Riigikantselei, lk 2
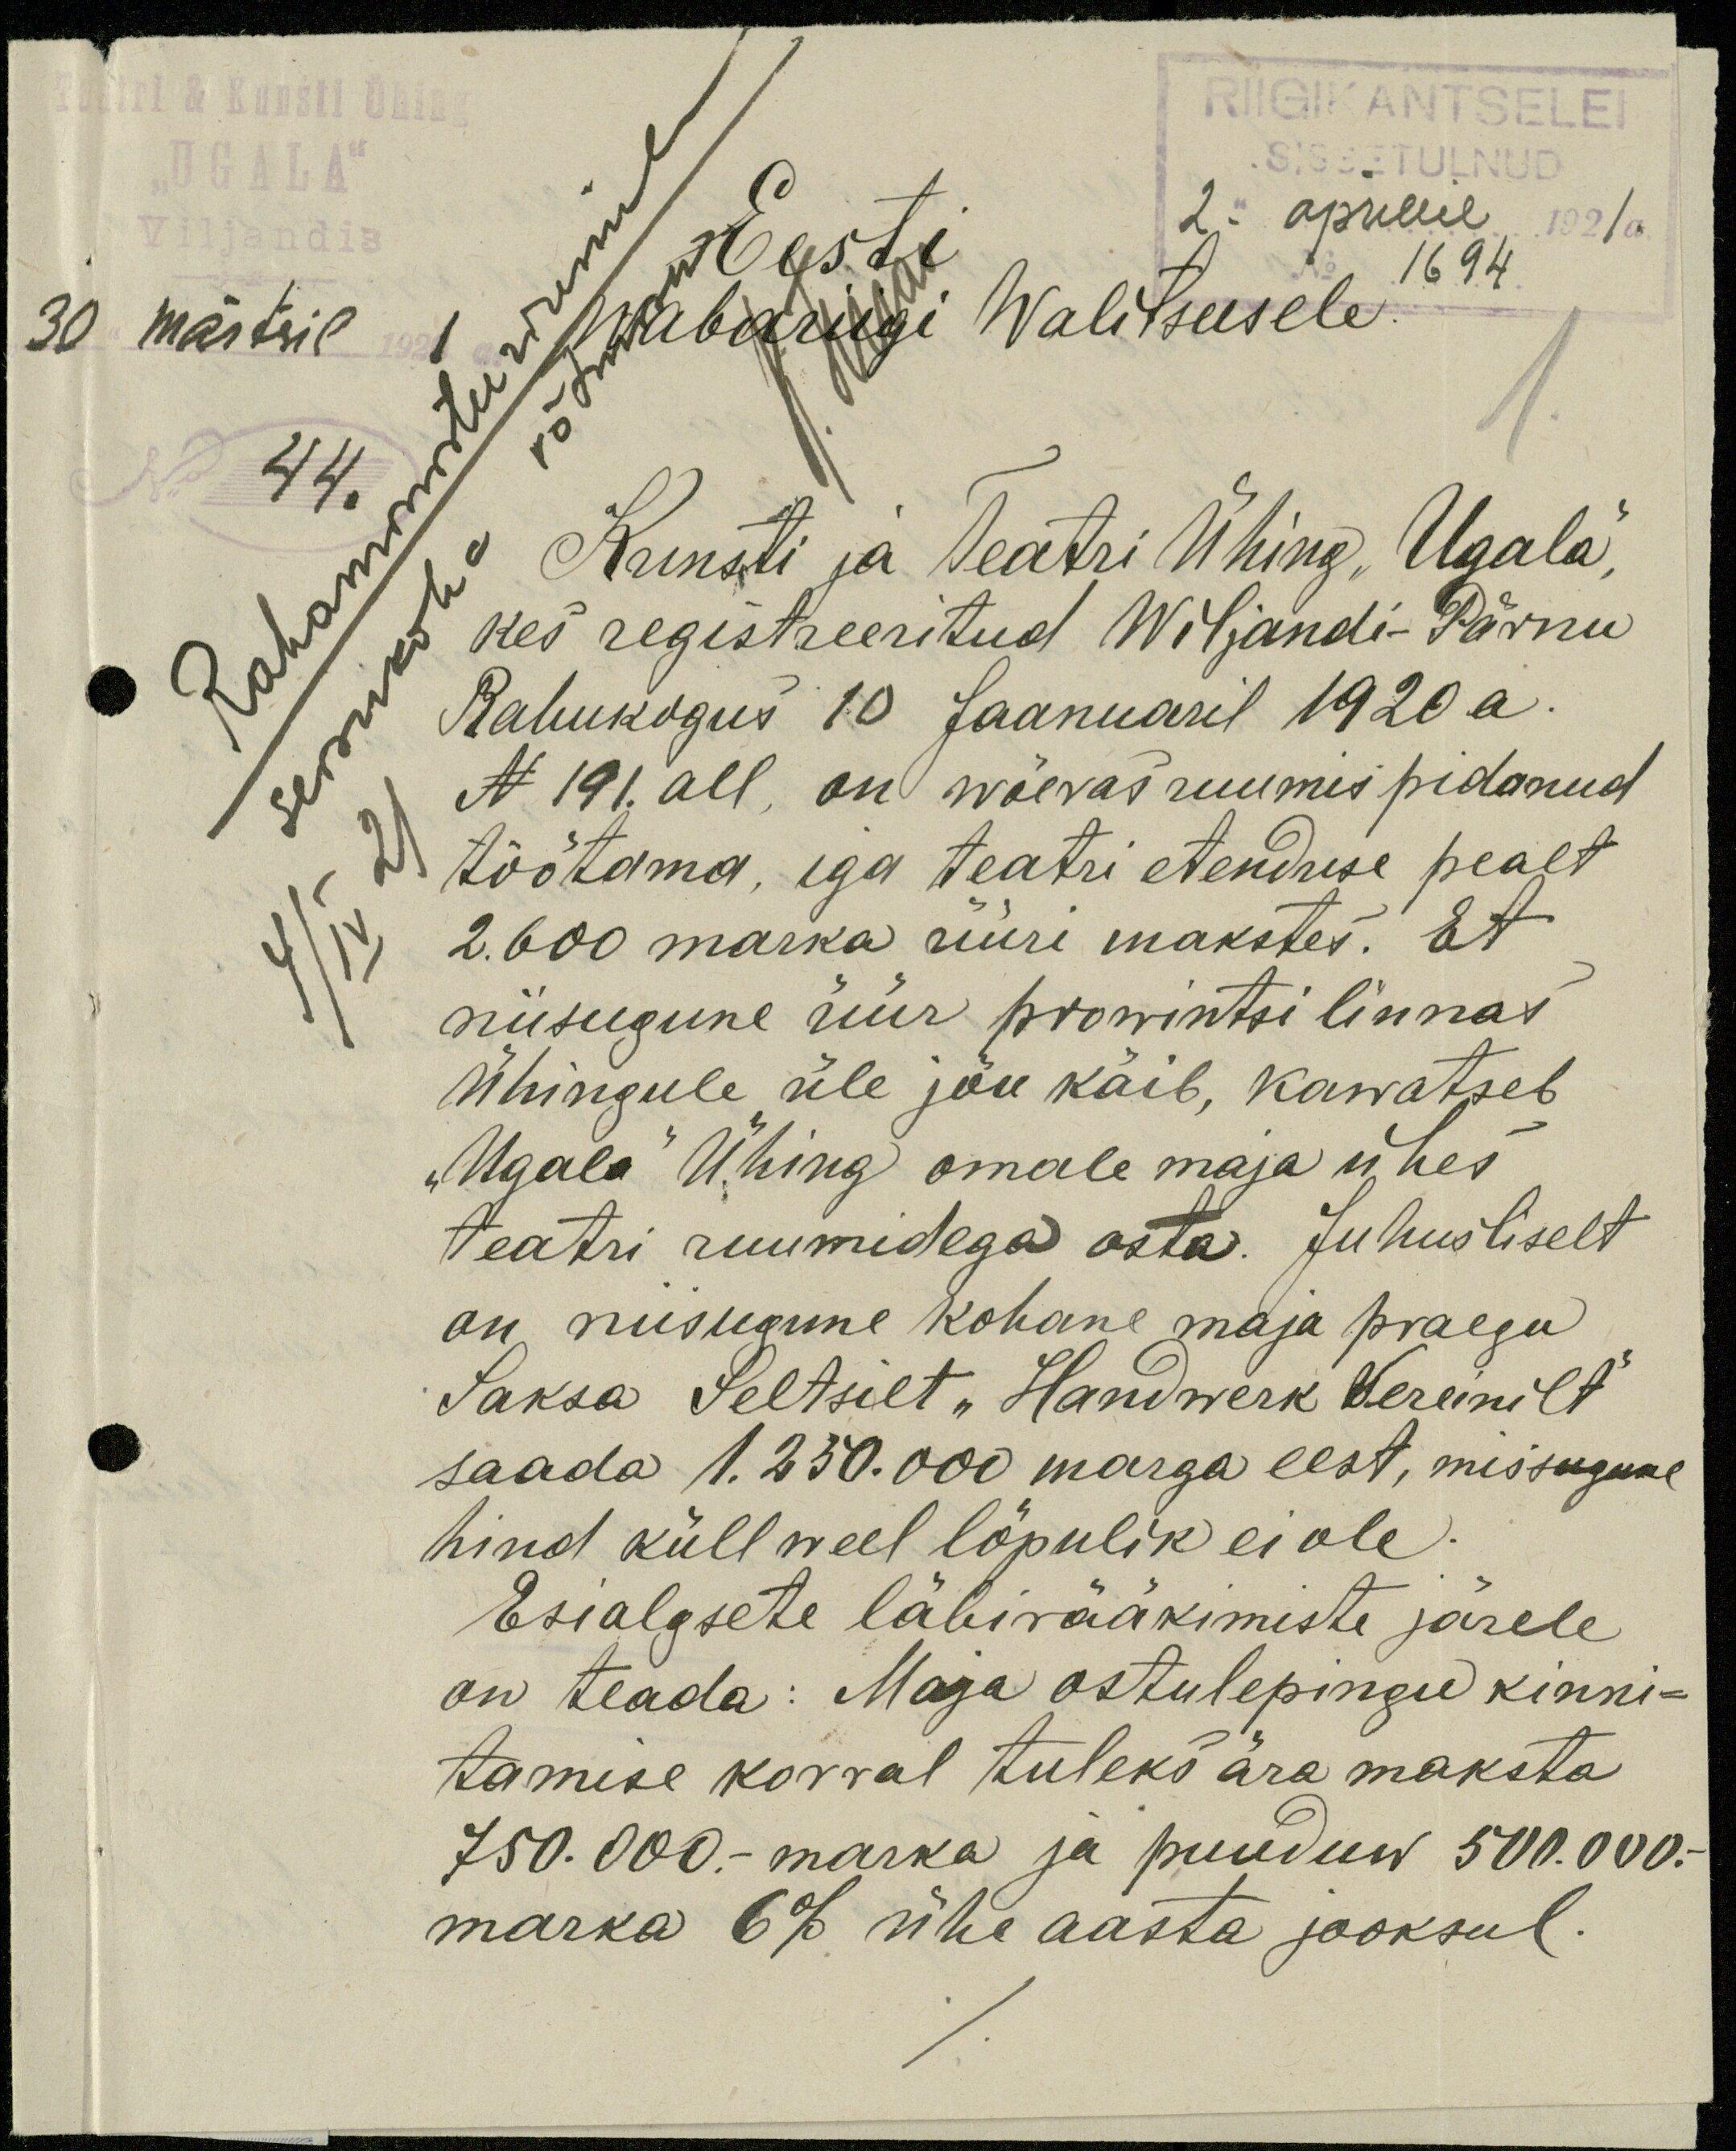
RIIGIKANTSELEI
SISSETULNUD
1694
2. aprillil 1921 a.
30 märtsil
44.
Rahaministeeriumile
seisukoha võtmine
4 1/2
Eesti
Wabariigi Walitsusele.
Kunsti ja teatri Ühing "Ugala",
kes registreeritud Wiljandi-Pärnu
Rahukogus 10 Jaanuaril 1920 a.
N 191 all, on wöeras ruumis pidanud
töötama, iga teatri etenduse pealt
2.600 marka üüri makstes. Et
niisugune üür prowintsi linnas
Ühingule üle jõu käib, kawatseb
"Ugala" Ühing omale maja ühes
teatri ruumidega osta. Juhusliselt
on niisugune kohane maja praegu
Saksa Seltsilt "Handwerk Vereinilt"
saada 1.250.000 marga eest, missugune
hind küll weel lõpulik ei ole.
Esialgsete läbirääkimiste järele
on teada: Maja ostulepingu kinni-
tamise korral tuleks ära maksta
750.000.- marka ja puuduw 500.000.-
marka 6% ühe aasta jooksul.